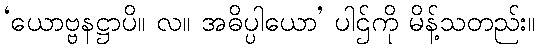
‘ယောဗ္ဗနဋ္ဌာပိ။ လ။ အဓိပ္ပါယော’ ပါဌ်ကို မိန့်သတည်း။